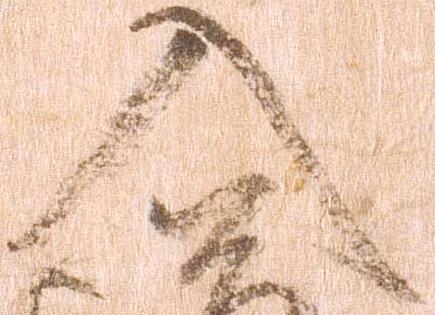
入